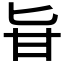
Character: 𠤔